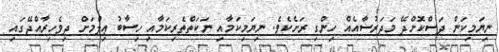
ނިޔަމިކަން ދަސްކޮށްދޭ މަދަރުސާއެއް ހިންގި ރަށެކެވެ. ނިޔަމިކަމާއި ނަކަތްތެރިކަމާއި ހިސާބު ޢިލްމަށް ދިވެހިރާއްޖޭގައި